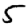
Digit: 5